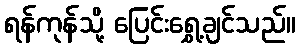
ရန်ကုန်သို့ ပြေင်းရွှေ့ချင်သည်။